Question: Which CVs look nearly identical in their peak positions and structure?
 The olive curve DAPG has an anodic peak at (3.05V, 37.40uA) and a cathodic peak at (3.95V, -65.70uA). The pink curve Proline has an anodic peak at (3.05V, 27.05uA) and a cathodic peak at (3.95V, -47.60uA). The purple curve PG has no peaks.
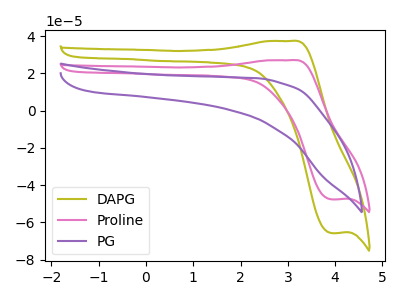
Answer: <think>All the peaks in "DAPG" have a peak in "Proline" at the same potential. Every peak in "DAPG" is higher than every peak in "Proline". "DAPG" and "PG" have a different number of peaks. "Proline" and "PG" have a different number of peaks.
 </think>
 <answer>"Proline" and "DAPG" have the same shape and are likely CV's of the same chemical.</answer>
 <eval>"Proline" "DAPG"</eval>